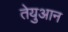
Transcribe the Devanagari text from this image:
तेयुआन